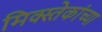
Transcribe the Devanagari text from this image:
मिक्स्तेकांच्या